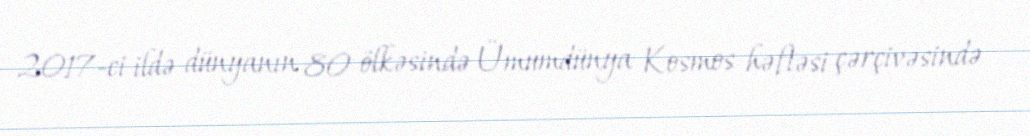
2017-ci ildə dünyanın 80 ölkəsində Ümumdünya Kosmos həftəsi çərçivəsində